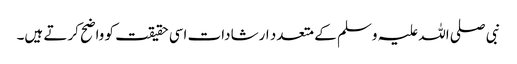
نبی صلی اللہ علیہ وسلم کے متعدد ارشادات اسی حقیقت کو واضح کرتے ہیں۔